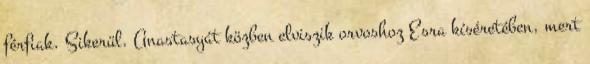
férfiak. Sikerül. Anastasyát közben elviszik orvoshoz Esra kíséretében, mert